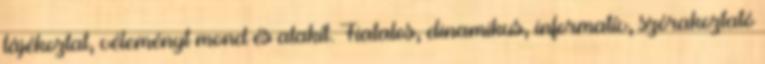
tájékoztat, véleményt mond és alakít. Fiatalos, dinamikus, informatív, szórakoztató